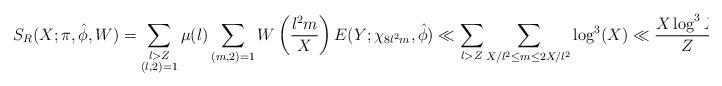
LaTeX: \begin{align*} S_R(X; \pi, \hat{\phi},W) &= \sum_{\substack{l>Z \\ (l, 2)=1}}\mu(l)\sum_{(m,2)=1} W \left( \frac{l^2m}{X} \right) E(Y;\chi_{8l^2m}, \hat{\phi}) \ll \sum_{l>Z}\sum_{X/l^2 \leq m \leq 2X/l^2} \log^{3}(X) \ll \frac {X \log^{3} X}{Z}.\end{align*}